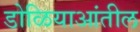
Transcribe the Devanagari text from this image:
डोळियाआंतील